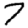
Digit: 7